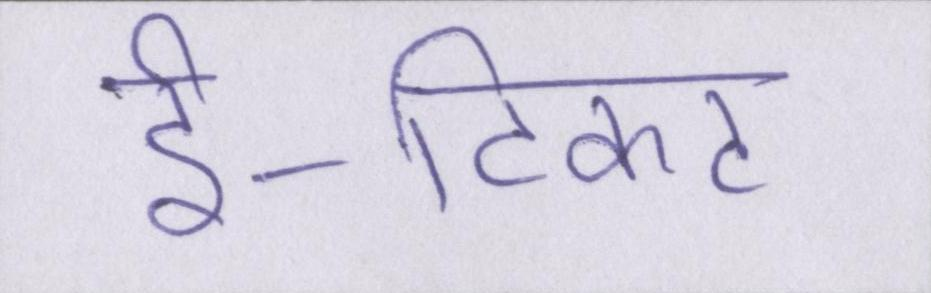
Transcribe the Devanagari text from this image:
ई-टिकट